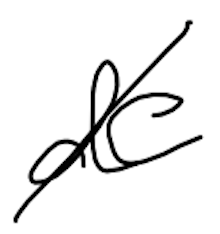
Text: de
Cross-out: diagonal
Writing tool: digital_black